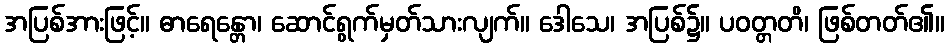
အပြစ်အားဖြင့်။ ဓာရေန္တော၊ ဆောင်ရွက်မှတ်သားလျက်။ ဒေါသေ၊ အပြစ်၌။ ပဝတ္တတိ၊ ဖြစ်တတ်၏။